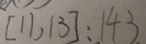
[ 1 1 , 1 3 ] : 1 4 3